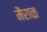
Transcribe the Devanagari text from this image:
मैराळ